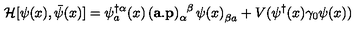
\mathcal { H } [ \psi ( x ) , \bar { \psi } ( x ) ] = \psi _ { a } ^ { \dag \alpha } ( x ) \ \! ( \mathbf { a } . \mathbf { p } ) _ { \alpha } ^ { \phantom { \alpha } \beta } \ \! \psi ( x ) _ { \beta a } ^ { \phantom { \beta } } + V ( \psi ^ { \dag } ( x ) \gamma _ { 0 } \psi ( x ) )